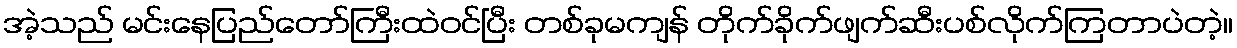
အဲ့သည် မင်းနေပြည်တော်ကြီးထဲဝင်ပြီး တစ်ခုမကျန် တိုက်ခိုက်ဖျက်ဆီးပစ်လိုက်ကြတာပဲတဲ့။